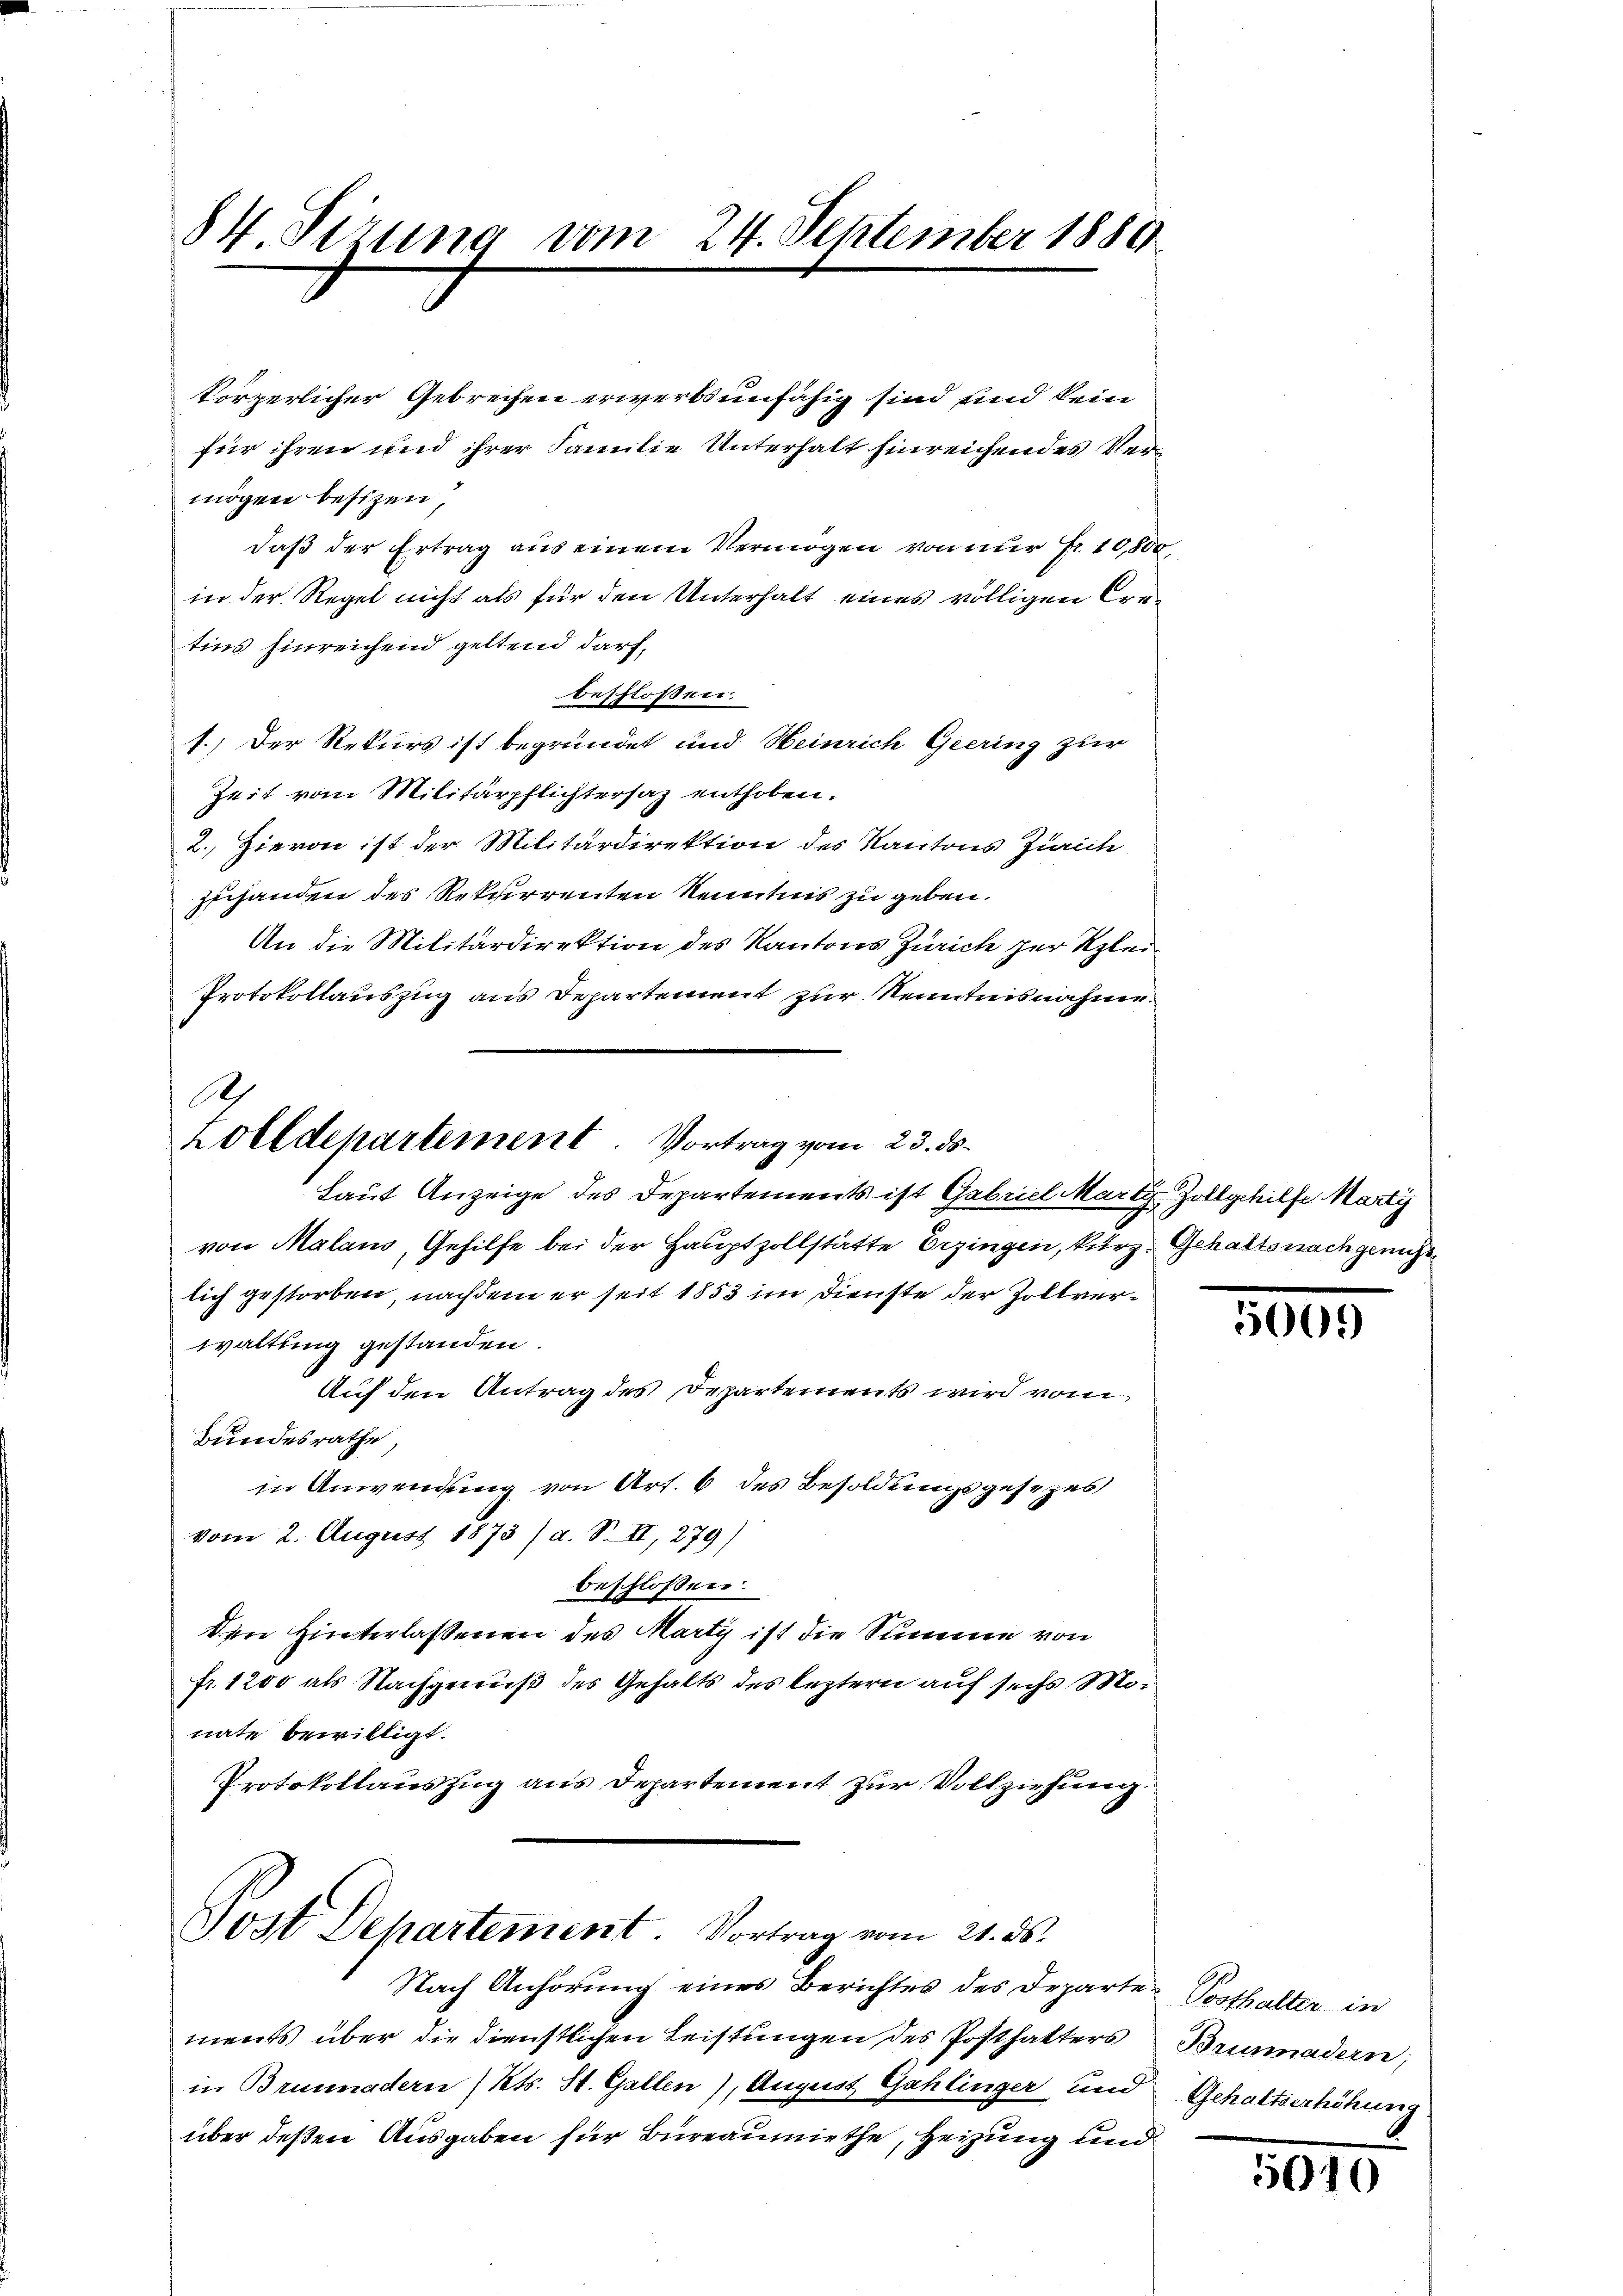
84 Sizung vom 24. September 1880

körperlicher Gebrechen erwerbsunfähig sind und kein
für ihren und ihrer Familie Unterhalt hinreichendes Ver
mögen besizen,
daß der Ertrag aus einem Vermögen von nur Fr. 10,800,
in der Regel nicht als für den Unterhalt eines völligen Cretins hinreichend geltend darf,
beschlossen
s.) Der Rekurs ist begründet und Heinrich Geering zur
Zeit vom Militärpflichtersaz enthoben.
2. Hievon ist der Militärdirektion des Kantons Zürich
zuhanden des Rekurrenten Kenntnis zu geben.
An die Militärdirektion des Kantons Zürich per Klei¬
Protokollauszug aus Departement zur Kenntnisnahme.

Ah
zolldepartement. Vortrag vom 23. ds.
Laut Anzeige des Departements ist Gabriel Marti Zollgehilfe Marty

von Malans, Gehilfe bei der Hauptzollstatte Erzingen, kurz, Gehalts nach gericht
lich gestorben, nachdem er seit 1853 im Dienste der Zollverwaltung gestanden.
Auf den Antrag des Departements wird vom
Bundesrathe
in Anwendung von Art. 6 des Besoldungsgesezes
vom 2. August 1873 /d. S. II, 279)
beschlossen:
Den Hinterlassenen des Marty ist die Summe von
fr. 1200 als Nachgenuß des Gehalts des leztern auf sechs Monate bewilligt.
Protokollauszug aus Departement zur Vollziehung.

Post Departement. Vortrag vom 21. ds.
Nach Anhörung eines Berichtes des Departe Posthalter in

ments über die dienstlichen Leistungen des Posthalters
in Brunnadern ( Kts. St. Gallen), August Gahlinger und Gehaltserhöhung
über deßen Ausgaben für Büreaumiethe, Heizung und

5000

Brunnadern;

5010